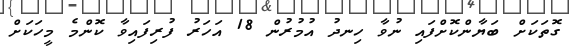
ގޮތަކަށް ބަޔާންކޮށްފައި ނުވާ ހިނދު އުމުރުން 18 އަހަރު ފުރިފައިވާ ކޮންމެ މީހަކަށް